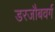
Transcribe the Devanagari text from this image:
डरजौबवर्ग